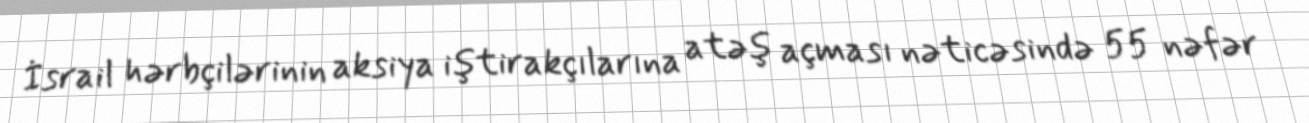
İsrail hərbçilərinin aksiya iştirakçılarına atəş açması nəticəsində 55 nəfər